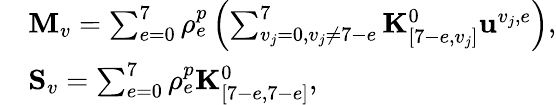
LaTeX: \begin{array}{rl}&{\mathbf{M}_{v}=\sum_{e=0}^{7}\rho_{e}^{p}\left(\sum_{v_{j}=0,v_{j}\ne 7-e}^{7}\mathbf{K}_{[7-e,v_{j}]}^{0}\mathbf{u}^{v_{j},e}\right),}\\ &{\mathbf{S}_{v}=\sum_{e=0}^{7}\rho_{e}^{p}\mathbf{K}_{[7-e,7-e]}^{0},}\end{array}